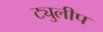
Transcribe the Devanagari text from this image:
ट्युलीप